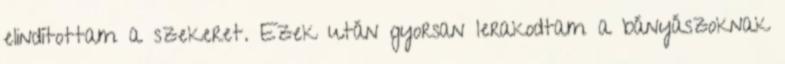
elindítottam a szekeret. Ezek után gyorsan lerakodtam a bányászoknak